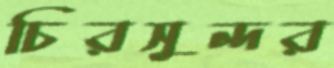
চিরসুন্দর